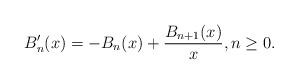
LaTeX: \begin{align*}B'_n(x)=-B_n(x)+\frac{B_{n+1}(x)}{x},n\geq 0.\end{align*}